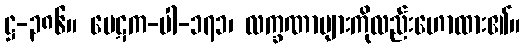
ဋ္ဌ-၃၈၆။ ပေဋက-ပါ-၁၇၁၊ လက္ခဏာများကိုလည်းဟောထား၏။